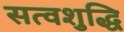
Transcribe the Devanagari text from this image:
सत्वशुद्धि